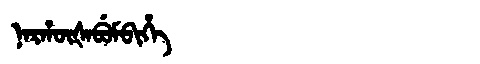
Manchu: ᠨᠠᡵᡥᡡᡧᠠᠪᡠᠮᠪᡳᡥᡝ
Romanization: NARHŪŠABUMBIHE